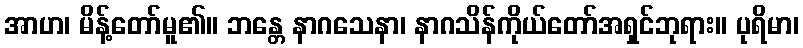
အာဟ၊ မိန့်တော်မူ၏။ ဘန္တေ နာဂသေနာ၊ နာဂသိန်ကိုယ်တော်အရှင်ဘုရား။ ပုရိမာ၊